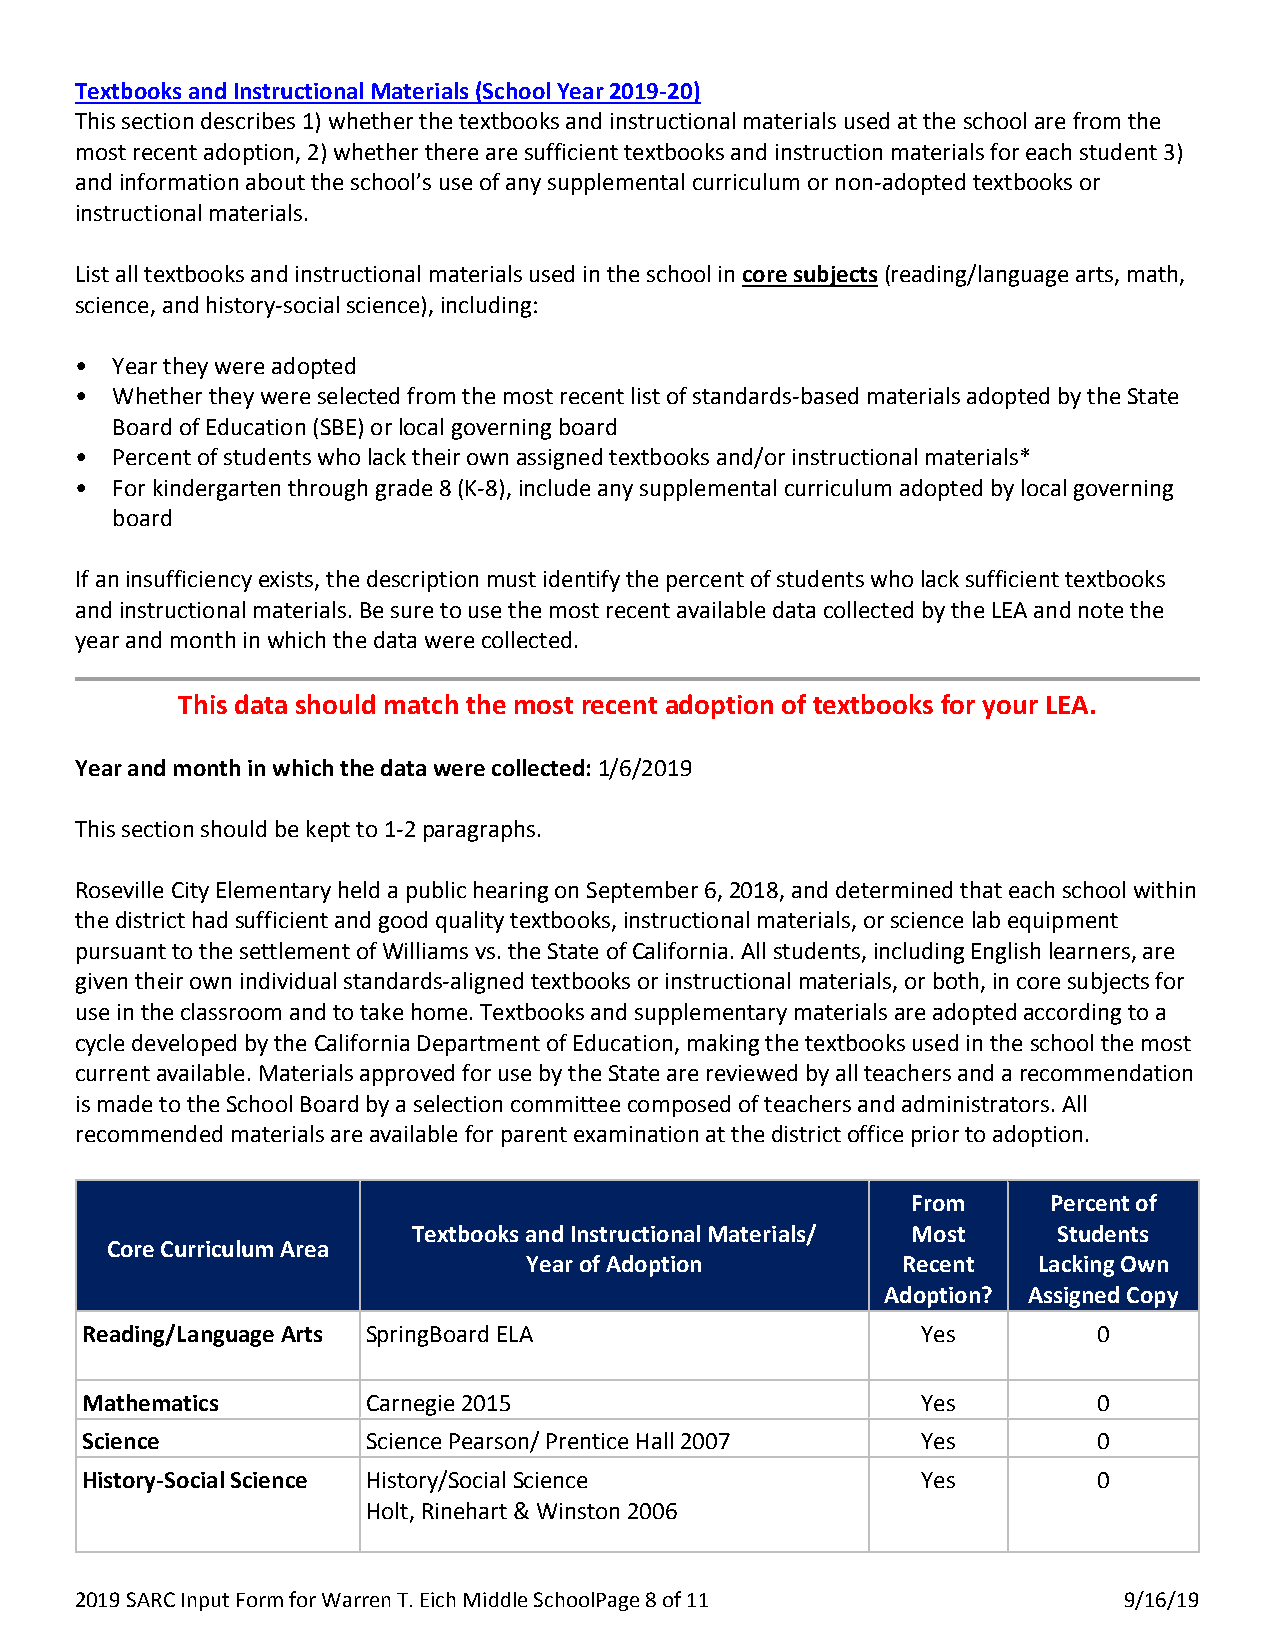
Textbooks and Instructional Materials (School Year 2019-20)
 This section describes 1) whether the textbooks and instructional materials used at the school are from the
 most recent adoption, 2) whether there are sufficient textbooks and instruction materials for each student 3)
 and information about the school’s use of any supplemental curriculum or non-adopted textbooks or
 instructional materials.
 List all textbooks and instructional materials used in the school in core subjects (reading/language arts, math,
 science, and history-social science), including:
 • Year they were adopted
 • Whether they were selected from the most recent list of standards-based materials adopted by the State
 Board of Education (SBE) or local governing board
 • Percent of students who lack their own assigned textbooks and/or instructional materials*
 • For kindergarten through grade 8 (K-8), include any supplemental curriculum adopted by local governing
 board
 If an insufficiency exists, the description must identify the percent of students who lack sufficient textbooks
 and instructional materials. Be sure to use the most recent available data collected by the LEA and note the
 year and month in which the data were collected.
 This data should match the most recent adoption of textbooks for your LEA.
 Year and month in which the data were collected: 1/6/2019
 This section should be kept to 1-2 paragraphs.
 Roseville City Elementary held a public hearing on September 6, 2018, and determined that each school within
 the district had sufficient and good quality textbooks, instructional materials, or science lab equipment
 pursuant to the settlement of Williams vs. the State of California. All students, including English learners, are
 given their own individual standards-aligned textbooks or instructional materials, or both, in core subjects for
 use in the classroom and to take home. Textbooks and supplementary materials are adopted according to a
 cycle developed by the California Department of Education, making the textbooks used in the school the most
 current available. Materials approved for use by the State are reviewed by all teachers and a recommendation
 is made to the School Board by a selection committee composed of teachers and administrators. All
 recommended materials are available for parent examination at the district office prior to adoption.
 From      Percent of
 Textbooks and Instructional Materials/ Most Students
 Core Curriculum Area
 Year of Adoption         Recent   Lacking Own
 Adoption? Assigned Copy
 Reading/Language Arts--- SpringBoard ELA                Yes         0
 -
 Mathematics----    Carnegie 2015                        Yes         0
 Science----        Science Pearson/ Prentice Hall 2007  Yes         0
 History-Social Science---- History/Social Science       Yes         0
 Holt, Rinehart & Winston 2006
 2019 SARC Input Form for Warren T. Eich Middle SchoolP age 8 of 11   9/16/19